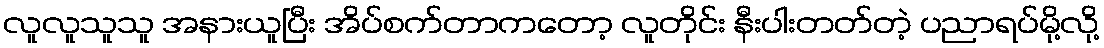
လူလူသူသူ အနားယူပြီး အိပ်စက်တာကတော့ လူတိုင်း နီးပါးတတ်တဲ့ ပညာရပ်မို့လို့